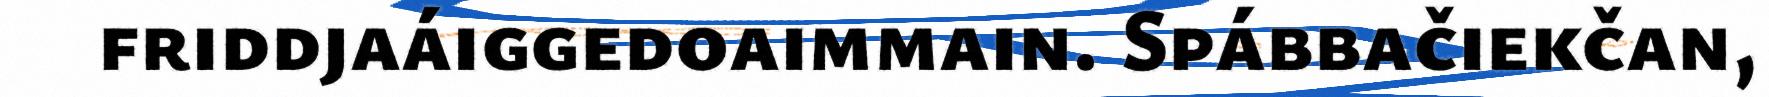
friddjaáiggedoaimmain. Spábbačiekčan,